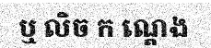
ឬ លិច ក ណ្តេង